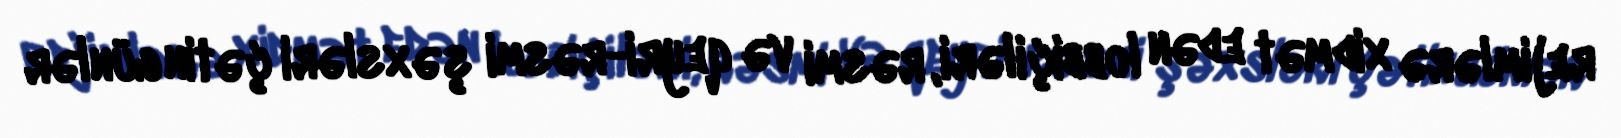
rejimlərə xidmət edən lobbiçiləri, rəsmi və qeyri-rəsmi şəxsləri çətin günlər